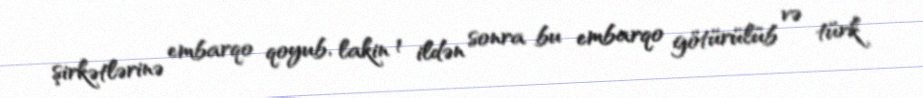
şirkətlərinə embarqo qoyub, lakin 1 ildən sonra bu embarqo götürülüb və türk